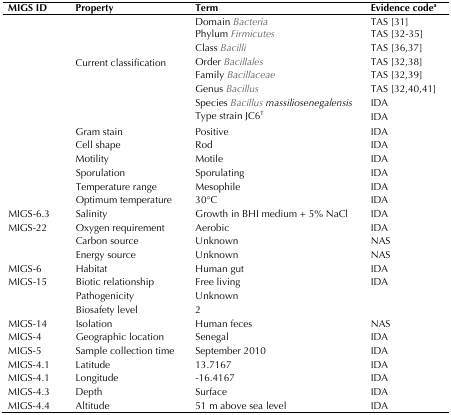
<table><thead><tr><td><b>MIGS ID</b></td><td><b>Property</b></td><td><b>Term</b></td><td><b>Evidence code<sup>a</sup></b></td></tr></thead><tbody><tr><td></td><td>Current classification</td><td>Domain <i>Bacteria</i>Phylum <i>Firmicutes</i>Class <i>Bacilli</i>Order <i>Bacillales</i>Family <i>Bacillaceae</i>Genus <i>Bacillus</i>Species <i>Bacillus massiliosenegalensis</i>Type strain JC6<sup>T</sup></td><td>TAS [31]TAS [32-35]TAS [36,37]TAS [32,38]TAS [32,39]TAS [32,40,41]IDAIDA</td></tr><tr><td></td><td>Gram stain</td><td>Positive</td><td>IDA</td></tr><tr><td></td><td>Cell shape</td><td>Rod</td><td>IDA</td></tr><tr><td></td><td>Motility</td><td>Motile</td><td>IDA</td></tr><tr><td></td><td>Sporulation</td><td>Sporulating</td><td>IDA</td></tr><tr><td></td><td>Temperature range</td><td>Mesophile</td><td>IDA</td></tr><tr><td></td><td>Optimum temperature</td><td>30°C</td><td>IDA</td></tr><tr><td>MIGS-6.3</td><td>Salinity</td><td>Growth in BHI medium + 5% NaCl</td><td>IDA</td></tr><tr><td>MIGS-22</td><td>Oxygen requirement</td><td>Aerobic</td><td>IDA</td></tr><tr><td></td><td>Carbon source</td><td>Unknown</td><td>NAS</td></tr><tr><td></td><td>Energy source</td><td>Unknown</td><td>NAS</td></tr><tr><td>MIGS-6</td><td>Habitat</td><td>Human gut</td><td>IDA</td></tr><tr><td>MIGS-15</td><td>Biotic relationship</td><td>Free living</td><td>IDA</td></tr><tr><td>MIGS-14</td><td>PathogenicityBiosafety levelIsolation</td><td>Unknown2Human feces</td><td>NAS</td></tr><tr><td>MIGS-4</td><td>Geographic location</td><td>Senegal</td><td>IDA</td></tr><tr><td>MIGS-5</td><td>Sample collection time</td><td>September 2010</td><td>IDA</td></tr><tr><td>MIGS-4.1</td><td>Latitude</td><td>13.7167</td><td>IDA</td></tr><tr><td>MIGS-4.1</td><td>Longitude</td><td>-16.4167</td><td>IDA</td></tr><tr><td>MIGS-4.3</td><td>Depth</td><td>Surface</td><td>IDA</td></tr><tr><td>MIGS-4.4</td><td>Altitude</td><td>51 m above sea level</td><td>IDA</td></tr></tbody></table>